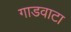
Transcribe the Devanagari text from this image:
गाडवाटा